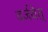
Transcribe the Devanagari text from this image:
वर्जयेत्